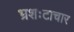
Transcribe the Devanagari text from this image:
भ्रशःटाचार